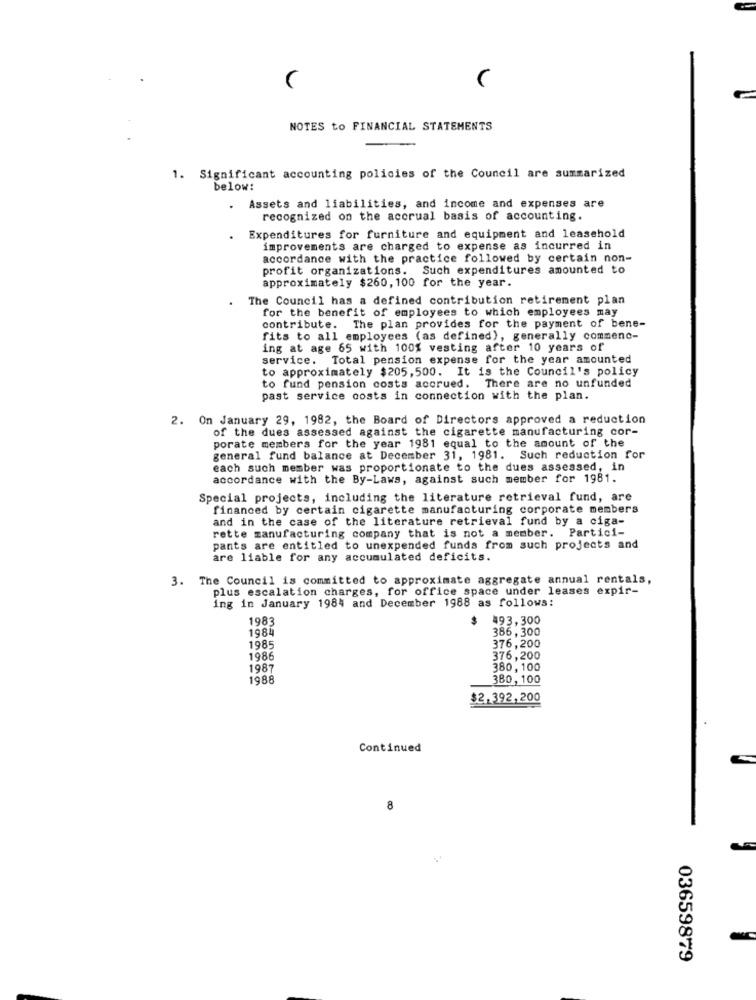
NOTES to FINANCIAL STATEMENTS
1. Significant accounting policies of the Council are summarized
below:
Assets and liabilities, and income and expenses are
recognized on the accrual basis of accounting.
.
Expenditures for furniture and equipment and leasehold
improvements are charged to expense as incurred in
accordance with the practice followed by certain non-
profit organizations. Such expenditures amounted to
approximately $260, 100 for the year.
The Council has a defined contribution retirement plan
for the benefit of employees to which employees may
contribute. The plan provides for the payment of bene-
fits to all employees (as defined), generally commenc-
ing at age 65 with 100% vesting after 10 years of
service. Total pension expense for the year amounted
to approximately $205, 500. It is the Council's policy
to fund pension costs accrued. There are no unfunded
past service costs in connection with the plan.
2. On January 29, 1982, the Board of Directors approved a reduction
of the dues assessed against the cigarette manufacturing cor-
porate members for the year 1981 equal to the amount of the
general fund balance at December 31, 1981. Such reduction for
each such member was proportionate to the dues assessed, in
accordance with the By-Laws, against such member for 1981.
Special projects, including the literature retrieval fund, are
financed by certain cigarette manufacturing corporate members
and in the case of the literature retrieval fund by a ciga-
rette manufacturing company that is not a member. Partici-
pants are entitled to unexpended funds from such projects and
are liable for any accumulated deficits.
3. The Council is committed to approximate aggregate annual rentals,
plus escalation charges, for office space under leases expir-
ing in January 1984 and December 1988 as follows:
1983
$
493,300
1984
386,300
1985
376,200
1986
376,200
1987
380,100
1988
380, 100
$2,392,200
Continued
8
03659879